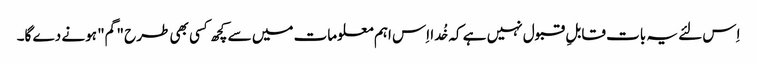
اِس لئے یہ بات قابلِ قبول نہیں ہے کہ خُدا اِس اہم معلومات میں سے کچھ کسی بھی طرح "گم" ہونے دے گا۔